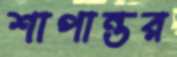
শাপান্তর